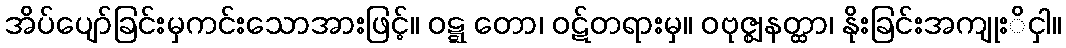
အိပ်ပျော်ခြင်းမှကင်းသောအားဖြင့်။ ဝဋ္ဋ တော၊ ဝဋ်တရားမှ။ ဝဗုဇ္ဈနတ္ထာ၊ နိုးခြင်းအကျုးိငှါ။